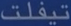
تيفلت